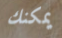
يمكنك